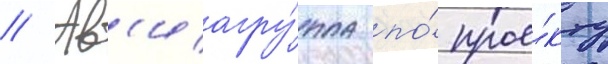
// Ав'иагру́ппа по́ прое́кту